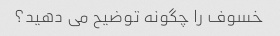
خسوف را چگونه توضیح می دهید؟